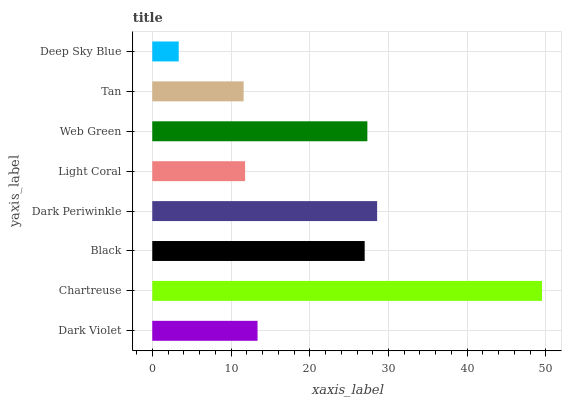
| yaxis_label | bars |
 | --- | --- |
 | Dark Violet | 13.4 |
 | Chartreuse | 49.5 |
 | Black | 27 |
 | Dark Periwinkle | 28.6 |
 | Light Coral | 11.8 |
 | Web Green | 27.3 |
 | Tan | 11.6 |
 | Deep Sky Blue | 3.36 |